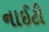
નાઈટી